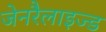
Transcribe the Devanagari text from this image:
जेनरैलाइज्ड